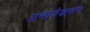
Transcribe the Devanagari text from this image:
प्रभावेकरुन